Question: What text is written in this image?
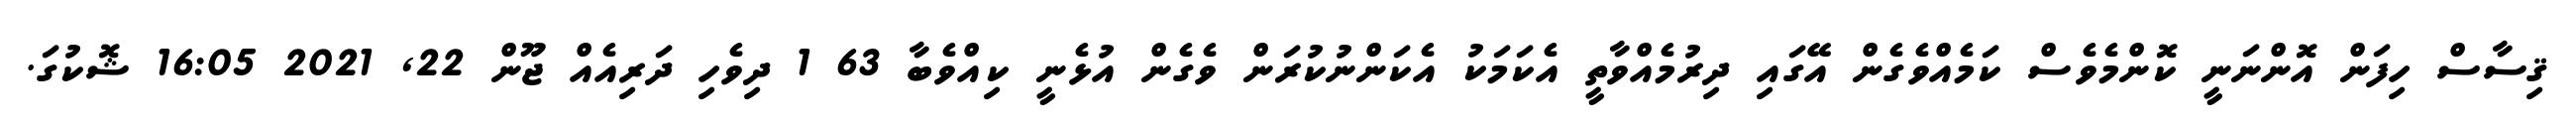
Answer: ޤިސާސް ހިފަން އޮންނަނީ ކޮންމެވެސް ކަމެއްވެގެން އޭގައި ދިރުމެއްވާތީ އެކަމަކު އެކަންނުކުރަން ވެގެން އުޅެނީ ކިއްވެބާ 63 1 ދިވެހި ދަރިއެއް ޖޫން 22, 2021 16:05 ޝޮކުގަ.